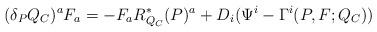
LaTeX: \begin{align*}(\delta_P Q_C)^a F_a = -F_a R^*_{Q_C}(P)^a + D_i(\Psi^i -\Gamma^i(P,F;Q_C))\end{align*}